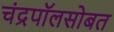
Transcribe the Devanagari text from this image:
चंद्रपॉलसोबत